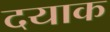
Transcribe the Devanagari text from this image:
दयाक